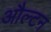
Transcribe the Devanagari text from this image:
औल्टन